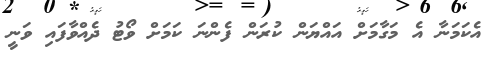
އެކަމަނާ އެ މަގާމަށް އައްޔަން ކުރަން ފެންނަ ކަމަށް ވޯޓު ދެއްވާފައި ވަނީ